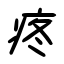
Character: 疼